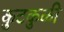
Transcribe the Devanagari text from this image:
कुटकुळी